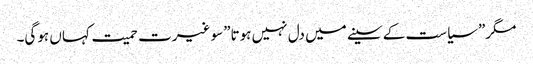
مگر”سیاست کے سینے میں دل نہیں ہوتا”سو غیرت حمیت کہاں ہوگی۔